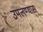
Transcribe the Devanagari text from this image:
उमलण्यास